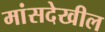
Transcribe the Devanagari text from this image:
मांसदेखील